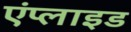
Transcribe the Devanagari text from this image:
एंप्‍लाइड